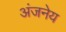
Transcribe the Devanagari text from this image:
अंजनेय